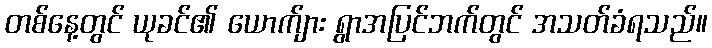
တစ်နေ့တွင် ယုခင်၏ ယောက်ျား ရွာအပြင်ဘက်တွင် အသတ်ခံရသည်။